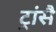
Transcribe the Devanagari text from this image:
ट्रांसै